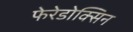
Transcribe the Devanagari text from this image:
फेरेडोक्सिन